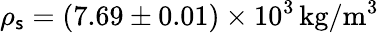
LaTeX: \rho_{\mathsf{s}}=\left(7.69\pm0.01\right)\times10^{3}\, \mathrm{{kg/m^{3}}}